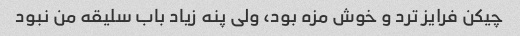
چیکن فرایز ترد و خوش مزه بود، ولی پنه زیاد باب سلیقه من نبود